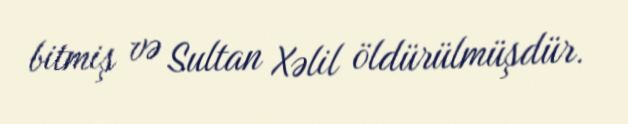
bitmiş və Sultan Xəlil öldürülmüşdür.